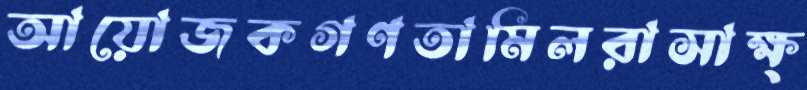
আয়োজকগণতামিলরাসাক্ষ্